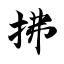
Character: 拂